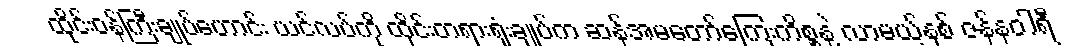
ထိုင်းဝန်ကြီးချုပ်ဟောင်း ယင်လပ်ကို ထိုင်းတရားရုံးချုပ်က ဆန်အမတော်ကြေးကိစ္စနဲ့ လာမယ့်နှစ် ဇန်နဝါရီ